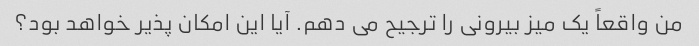
من واقعاً یک میز بیرونی را ترجیح می دهم. آیا این امکان پذیر خواهد بود؟